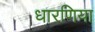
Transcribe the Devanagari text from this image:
धारणिया